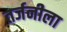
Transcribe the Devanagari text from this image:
तर्जनीला